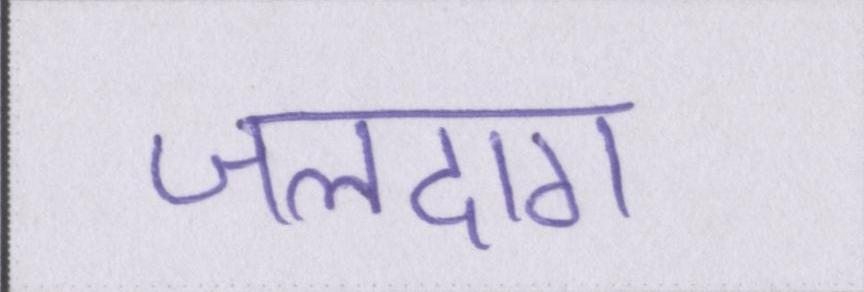
जलदाग